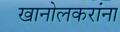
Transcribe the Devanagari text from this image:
खानोलकरांना